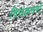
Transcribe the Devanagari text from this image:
विसंक्रमणों